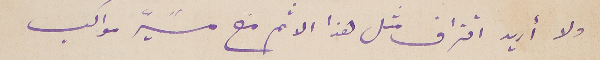
ولا أريد اقتراف مثل هذا الاثم مع مسًيّر مواكب